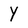
Character: Y